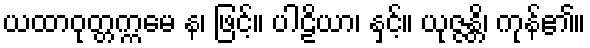
ယထာဝုတ္တက္ကမေ န၊ ဖြင့်။ ပါဠိယာ၊ နှင့်။ ယုဇ္ဇန္တိ၊ ကုန်၏။